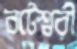
বটেশ্বরী